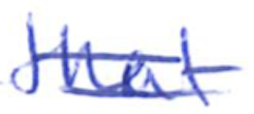
Text: that
Cross-out: double-line
Writing tool: ballpoint